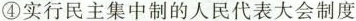
④实行民主集中制的人民代表大会制度